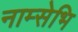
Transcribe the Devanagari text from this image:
नाम्सेभि